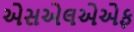
એસએલએએફ